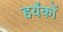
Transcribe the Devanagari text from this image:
हर्यंकों